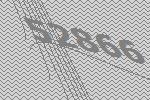
52866